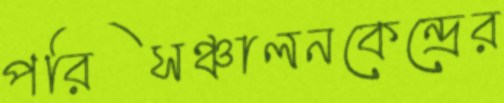
পরিসঞ্চালনকেন্দ্রের